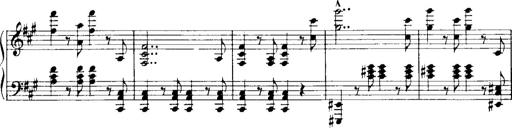
Title: Historische ungarische Bildnisse
Composer: Franz Liszt